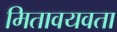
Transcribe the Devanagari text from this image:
मितावयवता